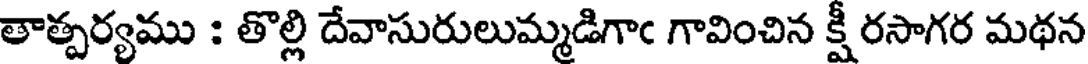
తాత్పర్యము : తొల్లి దేవాసురులుమ్మడిగాఁ గావించిన క్షీ రసాగర మథన